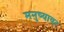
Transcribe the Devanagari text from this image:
मनुष्यावर